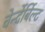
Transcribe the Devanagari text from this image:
वेर्न्देर्बिल्ट